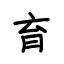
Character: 育